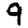
Digit: 9